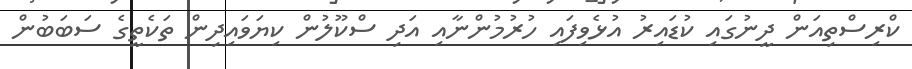
ކްރިސްތިއަން ދީނުގައި ކުޑައިރު އުޅެވިފައި ހުރުމުންނާއި އަދި ސްކޫލުން ކިޔަވައިދިން ތަކެތީގެ ސަބަބުން